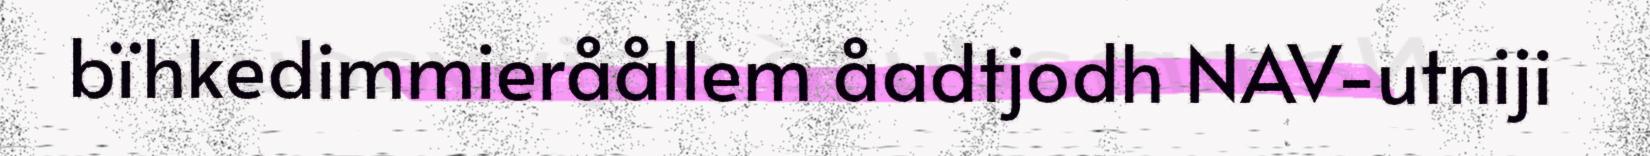
bïhkedimmieråållem åadtjodh NAV-utniji